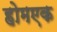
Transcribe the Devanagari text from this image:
होमएक